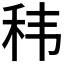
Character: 𮵠